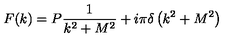
F ( k ) = P \frac { 1 } { k ^ { 2 } + M ^ { 2 } } + i \pi \delta \left( k ^ { 2 } + M ^ { 2 } \right)